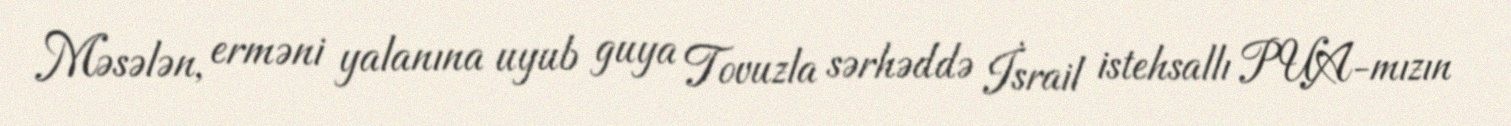
Məsələn, erməni yalanına uyub guya Tovuzla sərhəddə İsrail istehsallı PUA-mızın